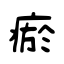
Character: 瘀